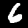
Digit: 6